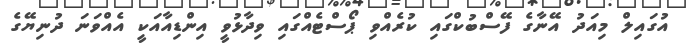
އުގައިލް މިއަދު އޭނާގެ ފޭސްބުކްގައި ކުރެއްވި ޕޯސްޓެއްގައި ވިދާޅުވީ އިންޑިއާއަކީ އެއްވަނަ ދުނިޔޭގެ